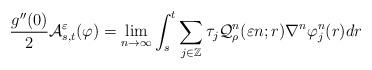
LaTeX: \begin{align*}\frac{g^{\prime \prime }(0)}{2} \mathcal{A}^\varepsilon_{ s,t } (\varphi ) = \lim_{ n \to \infty } \int_s^t \sum_{ j \in \mathbb{Z} } \tau_j \mathcal{Q}^n_\rho (\varepsilon n ; r ) \nabla^n \varphi^n_j (r ) dr \end{align*}